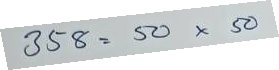
358 = 50 x 50